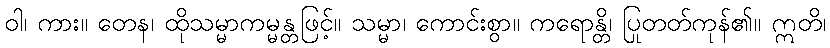
ဝါ၊ ကား။ တေန၊ ထိုသမ္မာကမ္မန္တဖြင့်။ သမ္မာ၊ ကောင်းစွာ။ ကရောန္တိ၊ ပြုတတ်ကုန်၏။ ဣတိ၊